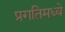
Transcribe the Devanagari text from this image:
प्रगतिमध्ये